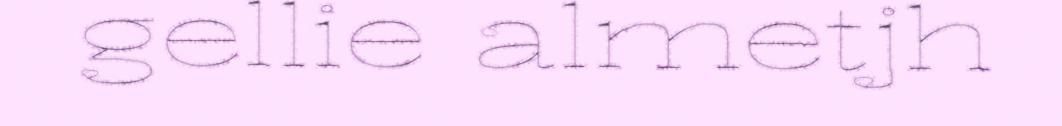
gellie almetjh